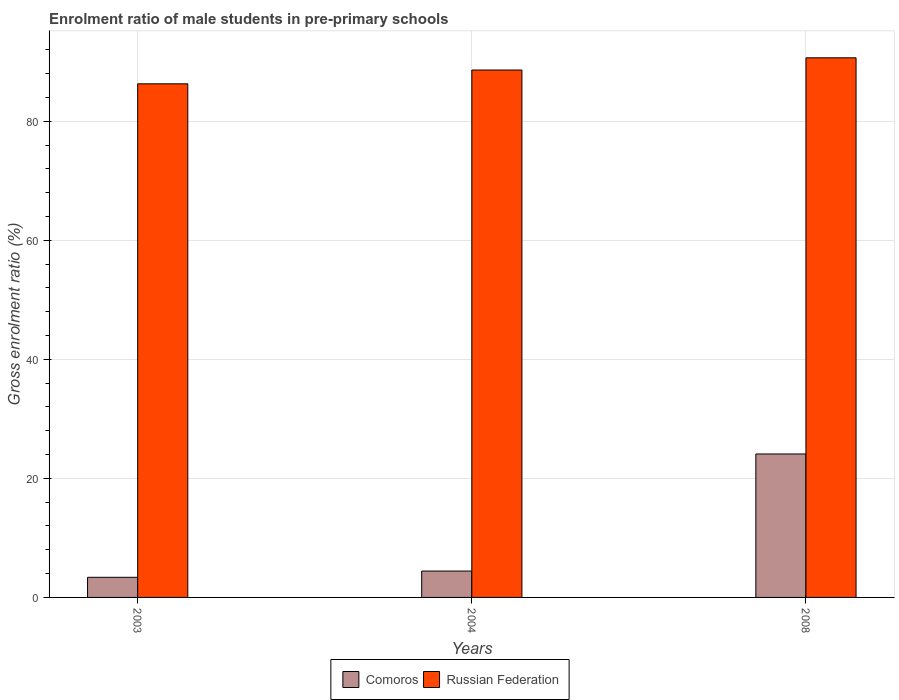
| Years | Comoros | Russian Federation |
 | --- | --- | --- |
 | 2003 | 3.38 | 86.3 |
 | 2004 | 4.43 | 88.6 |
 | 2008 | 24.1 | 90.7 |